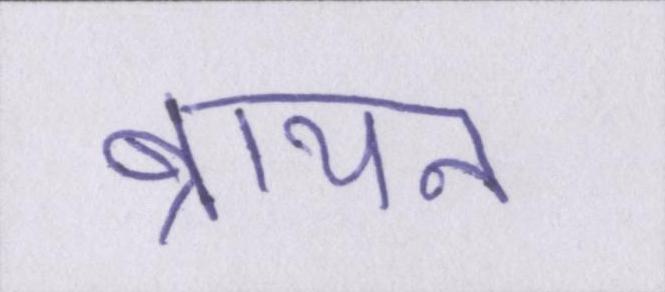
ब्रायन